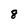
Character: 8